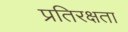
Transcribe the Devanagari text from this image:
प्रतिरक्षता